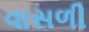
વાસળી